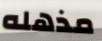
مذهله